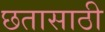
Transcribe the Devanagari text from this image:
छतासाठी